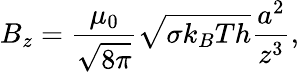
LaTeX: B_{z}=\frac{\mu_{0}}{\sqrt{8\pi}}\sqrt{\sigma k_{B}Th}\frac{a^{2}}{z^{3}},